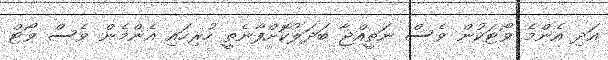
އަދި އެންމެ ވޯޓަކުން ވެސް ނަތީއްޖާ ބަދަލުކޮށްފާނެތީ ހުރިހައި އެންމެން ވެސް ވޯޓް